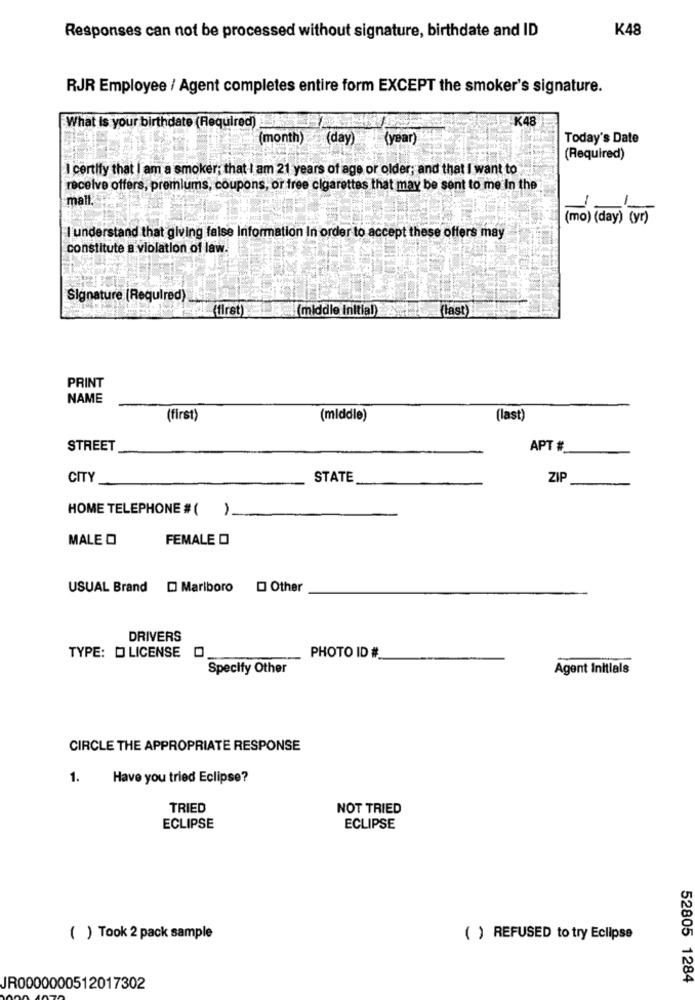
Responses can not be processed without signature, birthdate and ID
K48
RJR Employee / Agent completes entire form EXCEPT the smoker's signature.
K48
What is your birthdate (Required)
(month) (day)
(year)
Today's Date
(Required)
I certify that I am a smoker; that I am 21 years of age or older; and that I want to
receive offers, premiums, coupons, or free cigarettes that may be sent to me In the
mall.
(mo) (day) (r)
I understand that giving false Information In order to accept these offers may
constitute a violation of law.
Signature (Required)
(first)
4[(middle Initial)
(last)
PRINT
NAME
(first)
(middle)
(last)
STREET
APT #_
CITY
STATE
ZIP
HOME TELEPHONE #( )
MALE O
FEMALE O
USUAL Brand [ Marlboro [ Other
DRIVERS
TYPE: D LICENSE
PHOTO ID #
Specify Other
Agent Initials
CIRCLE THE APPROPRIATE RESPONSE
1.
Have you tried Eclipse?
TRIED
NOT TRIED
ECLIPSE
ECLIPSE
( ) Took 2 pack sample
( ) REFUSED to try Eclipse
52805 1284
JR0000000512017302